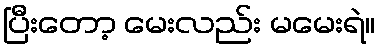
ပြီးတော့ မေးလည်း မမေးရဲ။